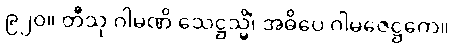
၉၂၀။ တီသု ဂါမဏိ သေဋ္ဌသ္မိံ၊ အဓိပေ ဂါမဇေဋ္ဌကေ။